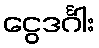
ငွေဒင်္ဂါး